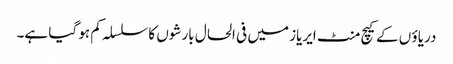
دریاؤ ں کے کیچ منٹ ایریاز میں فی الحال بارشوں کا سلسلہ کم ہو گیا ہے۔